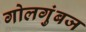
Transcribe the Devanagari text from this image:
गोलगुंबज